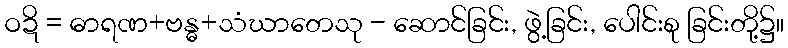
ဝဍိ = ဓာရဏ+ဗန္ဓ+သံဃာတေသု - ဆောင်ခြင်း, ဖွဲ့ခြင်း, ပေါင်းစု ခြင်းတို့၌။